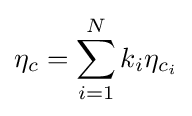
\eta _{c}=\sum _{i=1}^{N}k_{i}\eta _{c_{i}}